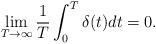
LaTeX: \begin{align*}\lim\limits_{T \to \infty} \frac{1}{T}\int_{0}^{T} \delta (t) dt =0.\end{align*}